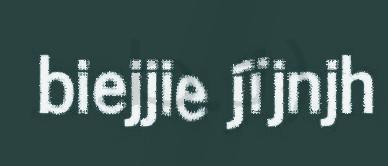
biejjie jïjnjh